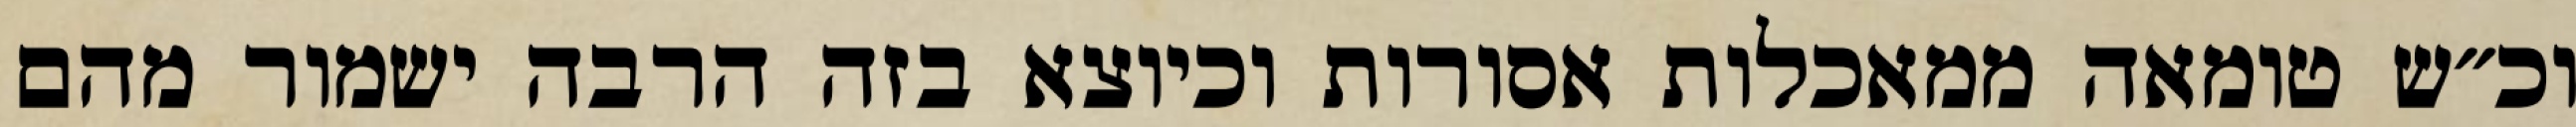
וכ״ש טומאה ממאכלות אסורות וכיוצא בזה הרבה ישמור מהם